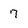
Character: 7